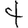
Digit: 4